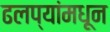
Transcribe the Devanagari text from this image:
ढलप्यांमधून